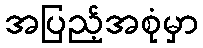
အပြည့်အစုံမှာ